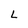
Character: L